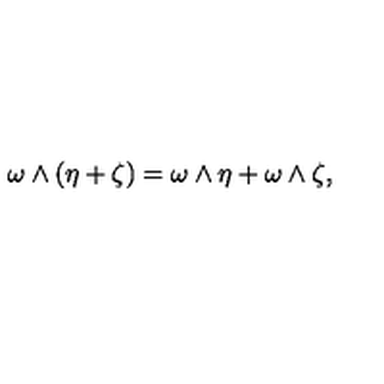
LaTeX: \omega \wedge ( \eta + \zeta ) = \omega \wedge \eta + \omega \wedge \zeta ,